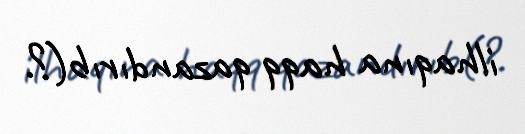
ilhaqına haqq qazandırıb(?.